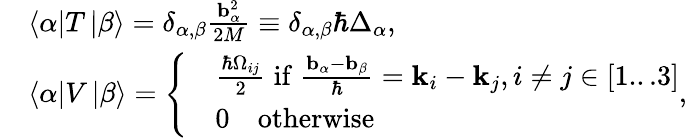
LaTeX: \begin{array}{rl}&{\left\langle\alpha\right|T\left|\beta\right\rangle=\delta_{\alpha,\beta}\frac{\mathbf{b}_{\alpha}^{2}}{2M}\equiv\delta_{\alpha,\beta}\hbar\Delta_{\alpha},}\\ &{\left\langle\alpha\right|V\left|\beta\right\rangle=\left\{ \begin{array}{rl}&{\frac{\hbar\Omega_{ij}}{2}\; \mathrm{if}\; \frac{\mathbf{b}_{\alpha}-\mathbf{b}_{\beta}}{\hbar}=\mathbf{k}_{i}-\mathbf{k}_{j},i\neq j\in[1...3]}\\ &{0\quad\mathrm{otherwise}}\end{array}\right.,}\end{array}